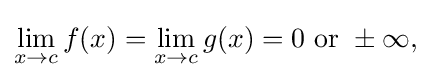
{\textstyle \lim \limits _{x\to c}f(x)=\lim \limits _{x\to c}g(x)=0{\text{ or }}\pm \infty ,}